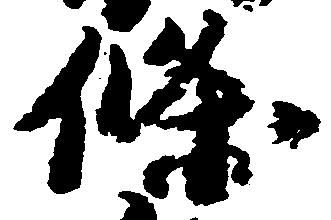
条